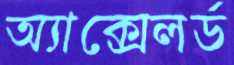
অ্যাক্সেলর্ড